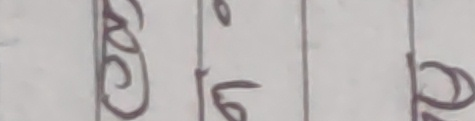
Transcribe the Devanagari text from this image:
स।